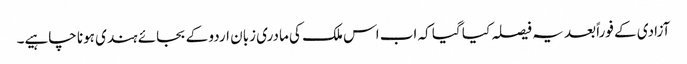
آزادی کے فوراً بعد یہ فیصلہ کیا گیا کہ اب اس ملک کی مادری زبان اردو کے بجائے ہندی ہونا چاہیے۔